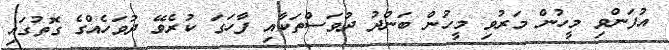
އުފަންވި މީހުން މަރުވި މީހުން ބަންދު ދުވަސްތަކާއި ފާހަގަ ކުރެވޭ ދުވަހެއްގެ ގޮތުގައި